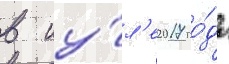
в иу́л'е 2017 го́да